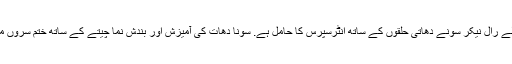
یہ کڑا کثیر نیلے رال نیکر سونے دھاتی حلقوں کے ساتھ انٹرسپرس کا حامل ہے. سونا دھات کی آمیزش اور بندش نما چیتے کے ساتھ ختم سُروں میں مرتب کیا ۔